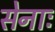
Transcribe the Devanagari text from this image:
सेनाः